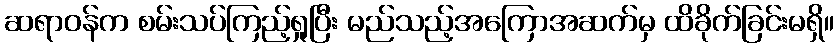
ဆရာဝန်က စမ်းသပ်ကြည့်ရှုပြီး မည်သည့်အကြောအဆက်မှ ထိခိုက်ခြင်းမရှိ။